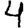
Digit: 4